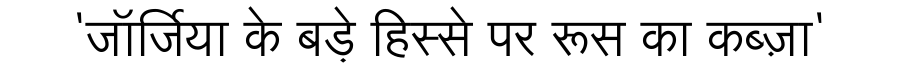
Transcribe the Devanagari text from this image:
'जॉर्जिया के बड़े हिस्से पर रूस का कब्ज़ा'